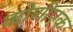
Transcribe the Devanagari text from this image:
कोणीएक